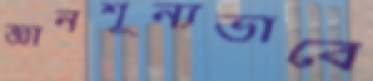
জ্ঞানশূন্যভাবে